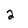
Character: 2